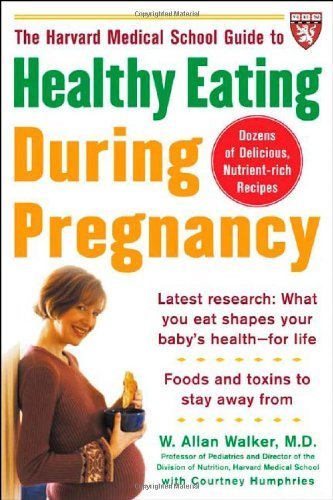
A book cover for The Harvard Medical School Guide to Healthy Eating During Pregnancy by Walker, W. Allan, Courtney Humphries. (McGraw-Hill,2005) [Paperback]; Education & Teaching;